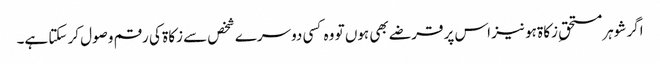
اگر شوہر مستحقِ زکاۃ ہو نیز اس پر قرضے بھی ہوں تو وہ کسی دوسرے شخص سے زکاۃ کی رقم وصول کر سکتا ہے۔